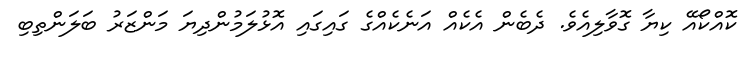
ކޮއްކޯއޭ ކިޔާ ގޮވާލިއެވެ. ދެބެން އެކެއް އަނެކެއްގެ ގައިގައި އޮޅުލަމުންދިޔަ މަންޒަރު ބަލަންތިބި